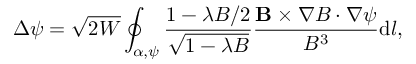
\Delta \psi = \sqrt { 2 W } \oint _ { \alpha , \psi } \frac { 1 - \lambda B / 2 } { \sqrt { 1 - \lambda B } } \frac { \mathbf { B } \times \nabla B \cdot \nabla \psi } { B ^ { 3 } } \mathrm { d } l ,